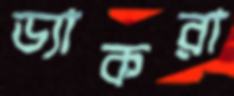
ড্যাকরা